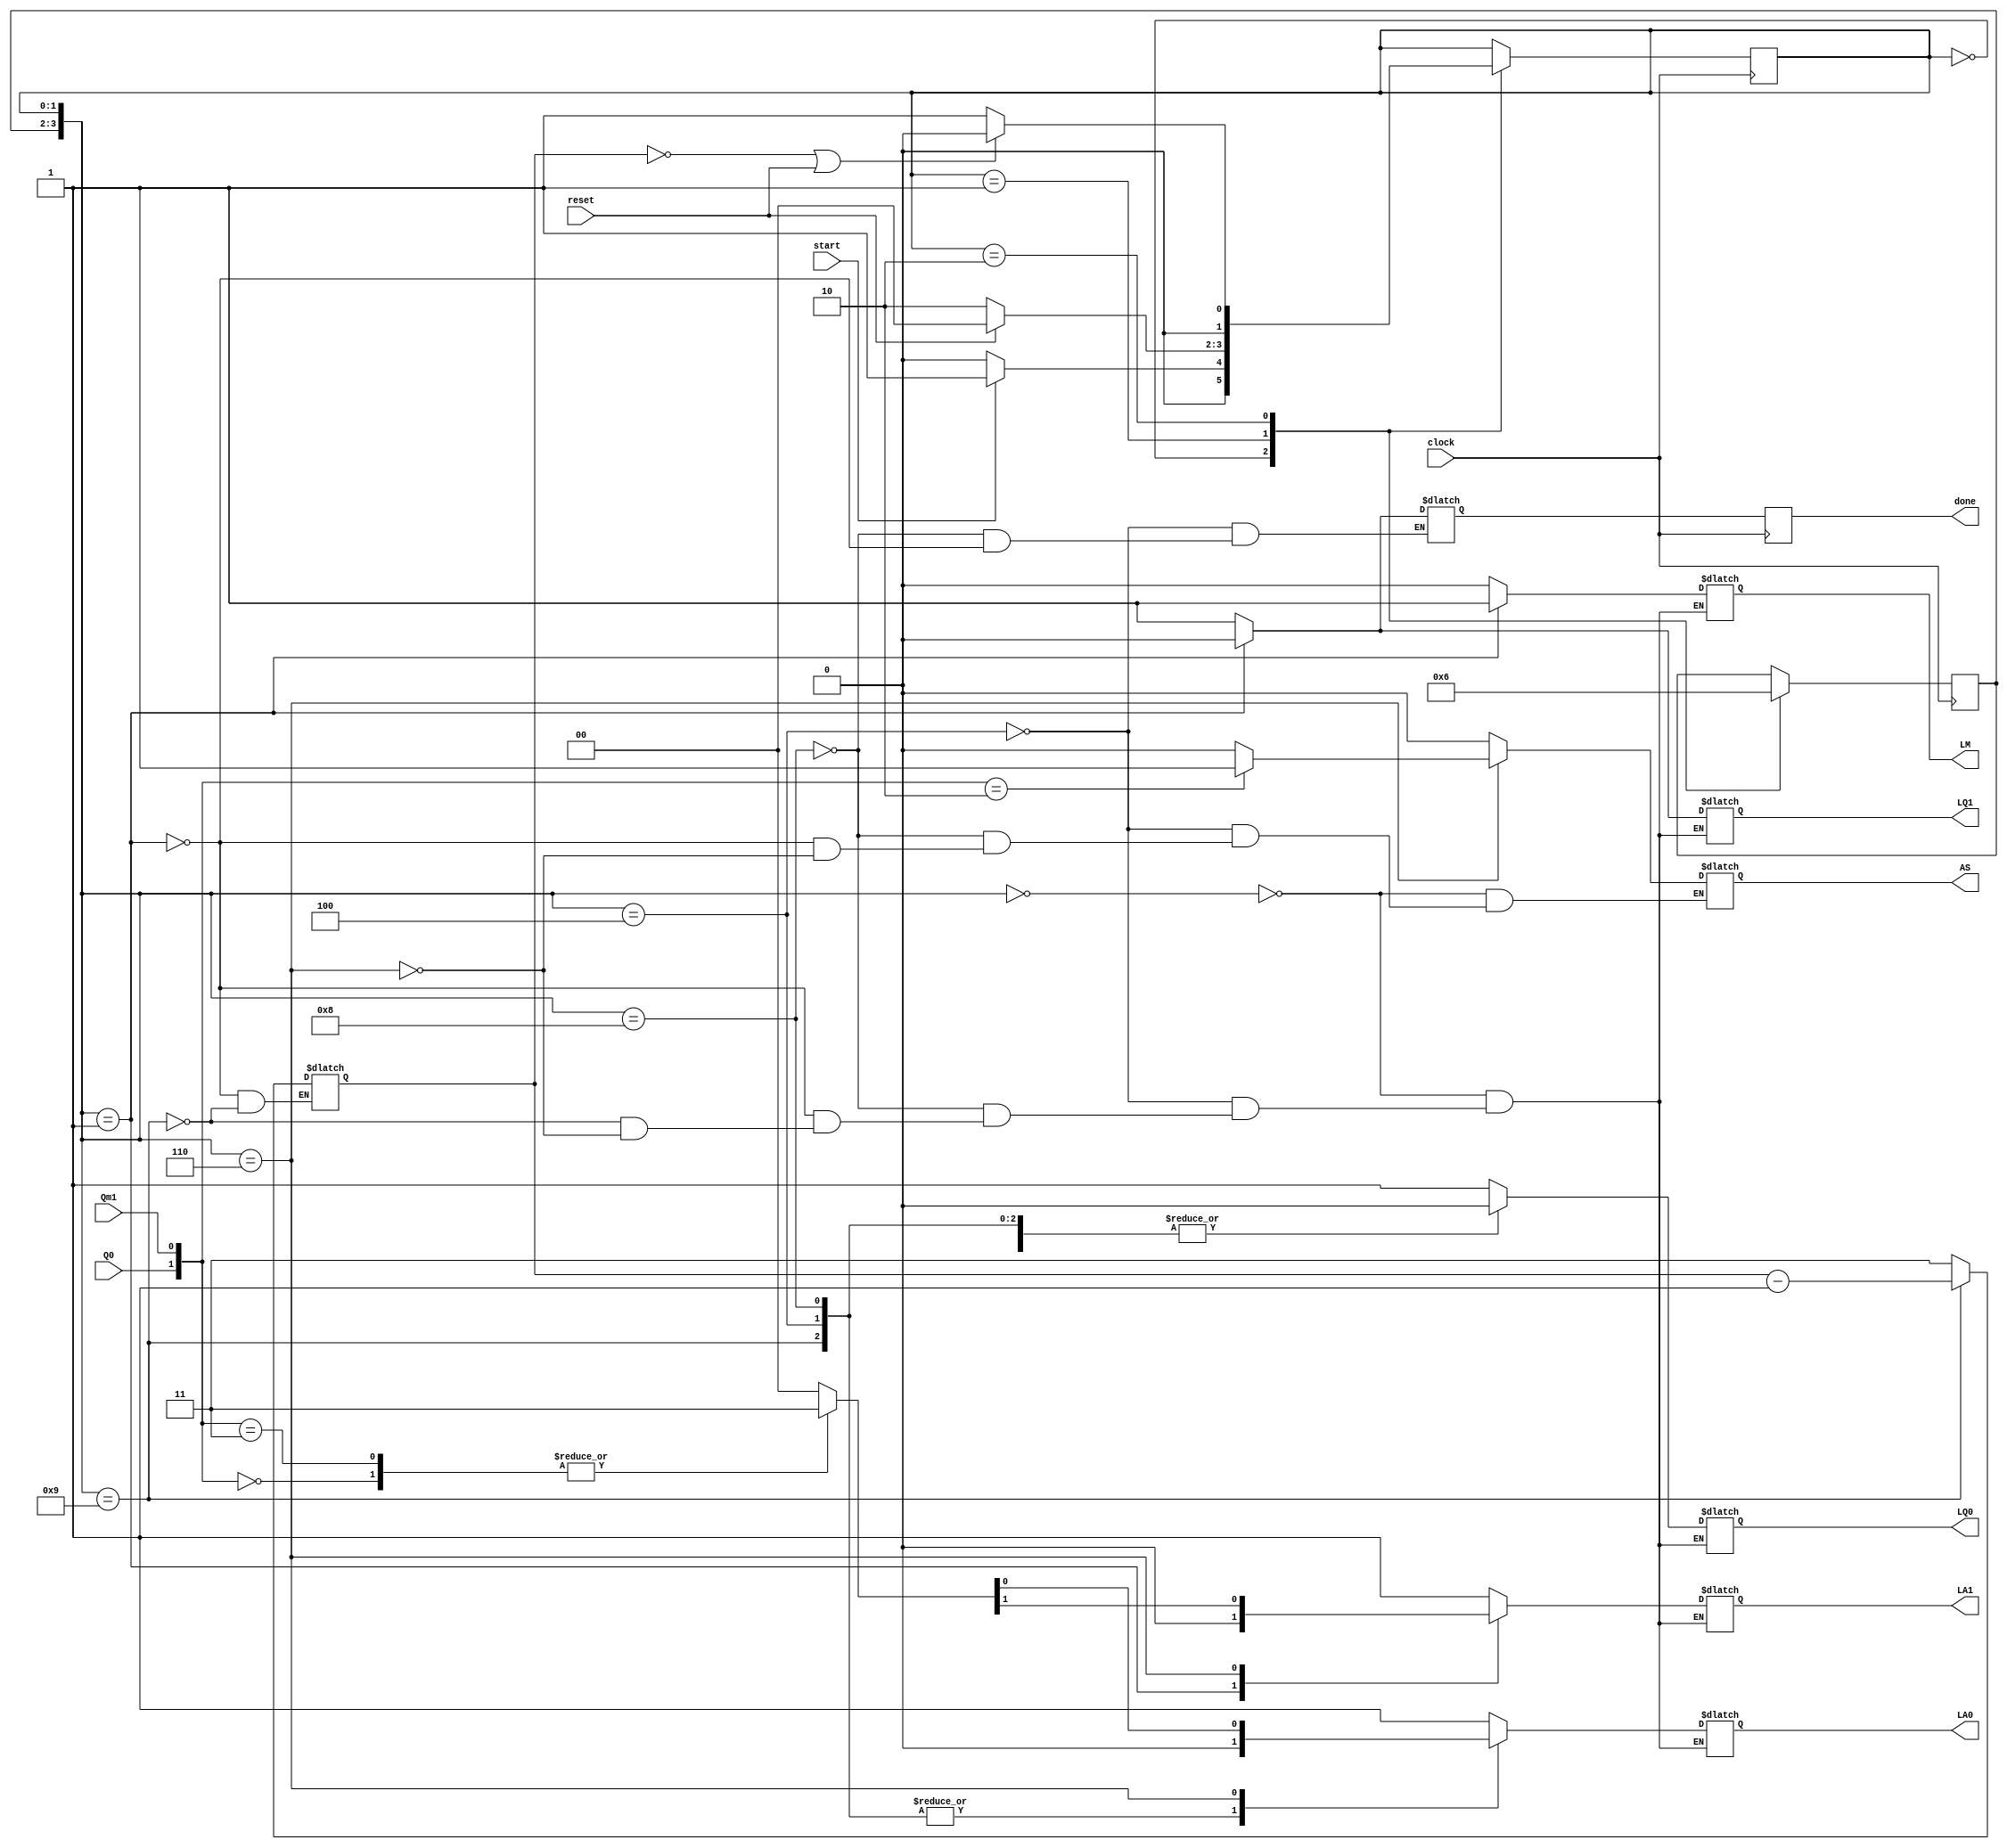
module FSM_control( LM, LA0,LA1,LQ0,LQ1, Qm1, Q0, AS, reset, start, done, clock);
    output  LM, // Register M control = 0 M Holds 1 M Loads
    LA0,LA1, // Register A control
    LQ0,LQ1, // Register Q control 
    AS, // AddSub control (0=add 1=sub)
    done; // Done=0 indicated working, 1 otherwise
    input 	clock, // System Clock
    Qm1, Q0, // previous and current lowest bit of Q
    start, // askink to start multiplying
    reset; // Reset initial states

    reg  	[1:0] Count;
    reg  	LM, LA0,LA1,LQ0,LQ1,AS, done;

    //internal FSM state declarations
    reg [1:0] NXT_ST; reg [1:0] fsm_PRES_STATE; reg [1:0] PREV_ST;
    initial fsm_PRES_STATE = 2'b00;
    reg [0:0] done_next_posedge; //Takes extra clock cycle for final answer to propigate since registers are on same CLK as FSM


    // state encodings
    parameter 	s0 = 2'b00, s1 = 2'b01, s2 = 2'b10;

    // Control Signal Encoding
    parameter Load= 2'b00, Reset= 2'b01, Shift= 2'b10, Hold= 2'b11,
    Add   = 1'b0 , Sub   = 1'b1 ,
    LD    = 1'b1 , HD    = 1'b0;

    //sequential part (FSM)
    always @(posedge clock)

    begin
        done= done_next_posedge;
        case (fsm_PRES_STATE)
            s0:
            if ( start == 1'b1 )
                begin
                    NXT_ST  <= s1;
                    PREV_ST <= s0;
                end
            else
                begin
                    NXT_ST <= s0;
                    PREV_ST <= s0;
                end
            s1:
            if (reset == 1'b1 )
                begin
                    NXT_ST <= s0;
                    PREV_ST<= s1;
                end
            else
                begin
                    NXT_ST <= s2;
                    PREV_ST <= s1;
                end
            s2:
            if (Count == 2'b00 | reset== 1'b1)
                begin
                    NXT_ST <= s0;
                    PREV_ST <= s2;
                end

            else
                begin
                    NXT_ST <= s1;
                    PREV_ST <= s2;
                end
        endcase
    end

    always @(NXT_ST)
    begin
        fsm_PRES_STATE = NXT_ST;
    end

    always @({PREV_ST, NXT_ST})
    begin
        case ({PREV_ST, NXT_ST})

            {s0, s0}:
            begin
                AS = Add; //Dont Care
                LM = HD;
                {LA1,LA0} = Hold;
                {LQ1,LQ0} = Hold;

            end

            {s1, s0}:
            begin
                AS = Add; //Dont Care
                LM = HD;
                {LA1,LA0} = Shift;
                {LQ1,LQ0} = Shift;
                done_next_posedge = 1'b1;
            end
            {s2, s0}:

            begin
                AS = Add; //Dont Care
                LM = HD;
                {LA1,LA0} = Shift;
                {LQ1,LQ0} = Shift;
                done_next_posedge = 1'b1;
            end

            {s0, s1}:
            begin
                LM = LD;
                {LA1,LA0} = Reset;
                {LQ1,LQ0} = Load;
                AS = Add; //Dont Care
                done_next_posedge = 1'b0;
                Count = 2'b11;
            end

            {s2, s1}:
            begin
                LM = HD;
                {LA1,LA0} = Shift;
                {LQ1,LQ0} = Shift;
                Count= Count - 1'b1;
                //AS = Add; //Dont Care
            end

            {s1, s2}:
            begin
                case ({Q0, Qm1})
                    2'b01:
                    begin
                        AS = Add;
                        LM = HD;
                        {LA1,LA0} = Load;
                        {LQ1,LQ0} = Hold;
                    end


                    2'b10:
                    begin
                        AS = Sub;
                        LM = HD;
                        {LA1,LA0} = Load;
                        {LQ1,LQ0} = Hold;
                    end


                    2'b00:
                    begin
                        LM = HD;
                        {LA1,LA0} = Hold;
                        {LQ1,LQ0} = Hold;
                        AS = Add; //Dont Care 
                    end


                    2'b11:
                    begin
                        LM = HD;
                        {LA1,LA0} = Hold;
                        {LQ1,LQ0} = Hold;
                        AS = Add; //Dont Care 
                    end
                endcase
            end
        endcase
    end



endmodule